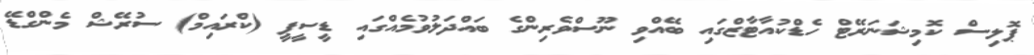
ޕޮލިސް ކޮމިޝަނަރޭޓް ހެޑްކުއާޓާޒްގައި ބޭއްވި ނޫސްވެރިންގެ ބައްދަލުވުމެއްގައި ޑީސީޕީ (ކްރައިމް) ސުރޭޝް މެންގްޑޭ